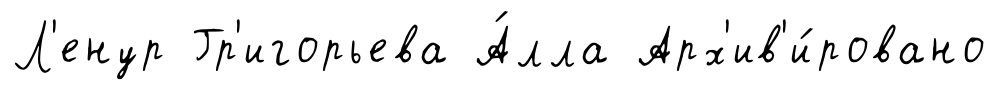
Л'енур Гр'игорьева А́лла Арх'ив'и́ровано